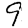
Digit: 9